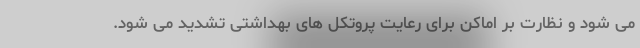
می شود و نظارت بر اماکن برای رعایت پروتکل های بهداشتی تشدید می شود.